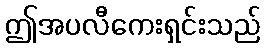
ဤအပလီကေးရှင်းသည်